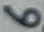
Text: 6